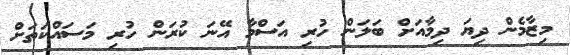
މިޒާމެން ދިޔަ ދިމާއަށް ބަލަން ހުރި އަސްމާ އޭނަ ކުރަން ހުރި މަސައްކަތަށް